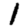
Digit: 1